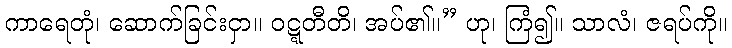
ကာရေတုံ၊ ဆောက်ခြင်းငှာ။ ဝဋ္ဋတီတိ၊ အပ်၏။” ဟု၊ ကြံ၍။ သာလံ၊ ဇရပ်ကို။